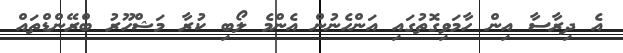
އެ ދިރާސާ އިން ހާމަވިގޮތުގައި އަންހެނުން އެންމެ ލޯބި ކުރާ މަޝްހޫރު ބްރޭންޑްތައް